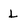
Character: L